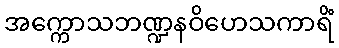
အက္ကောသဘဏ္ဍနဝိဟေသကာရိံ